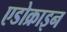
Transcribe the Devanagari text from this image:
एडोक्राइन